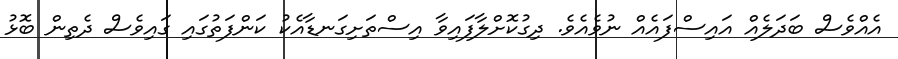
އެއްވެސް ބަދަލެއް އައިސްފައެއް ނުވެއެވެ. ދިގުކޮށްލާފައިވާ އިސްތަށިގަނޑާއެކު ކަންފަތުގައި ގައިވެސް ދެތިން ބޮޅު